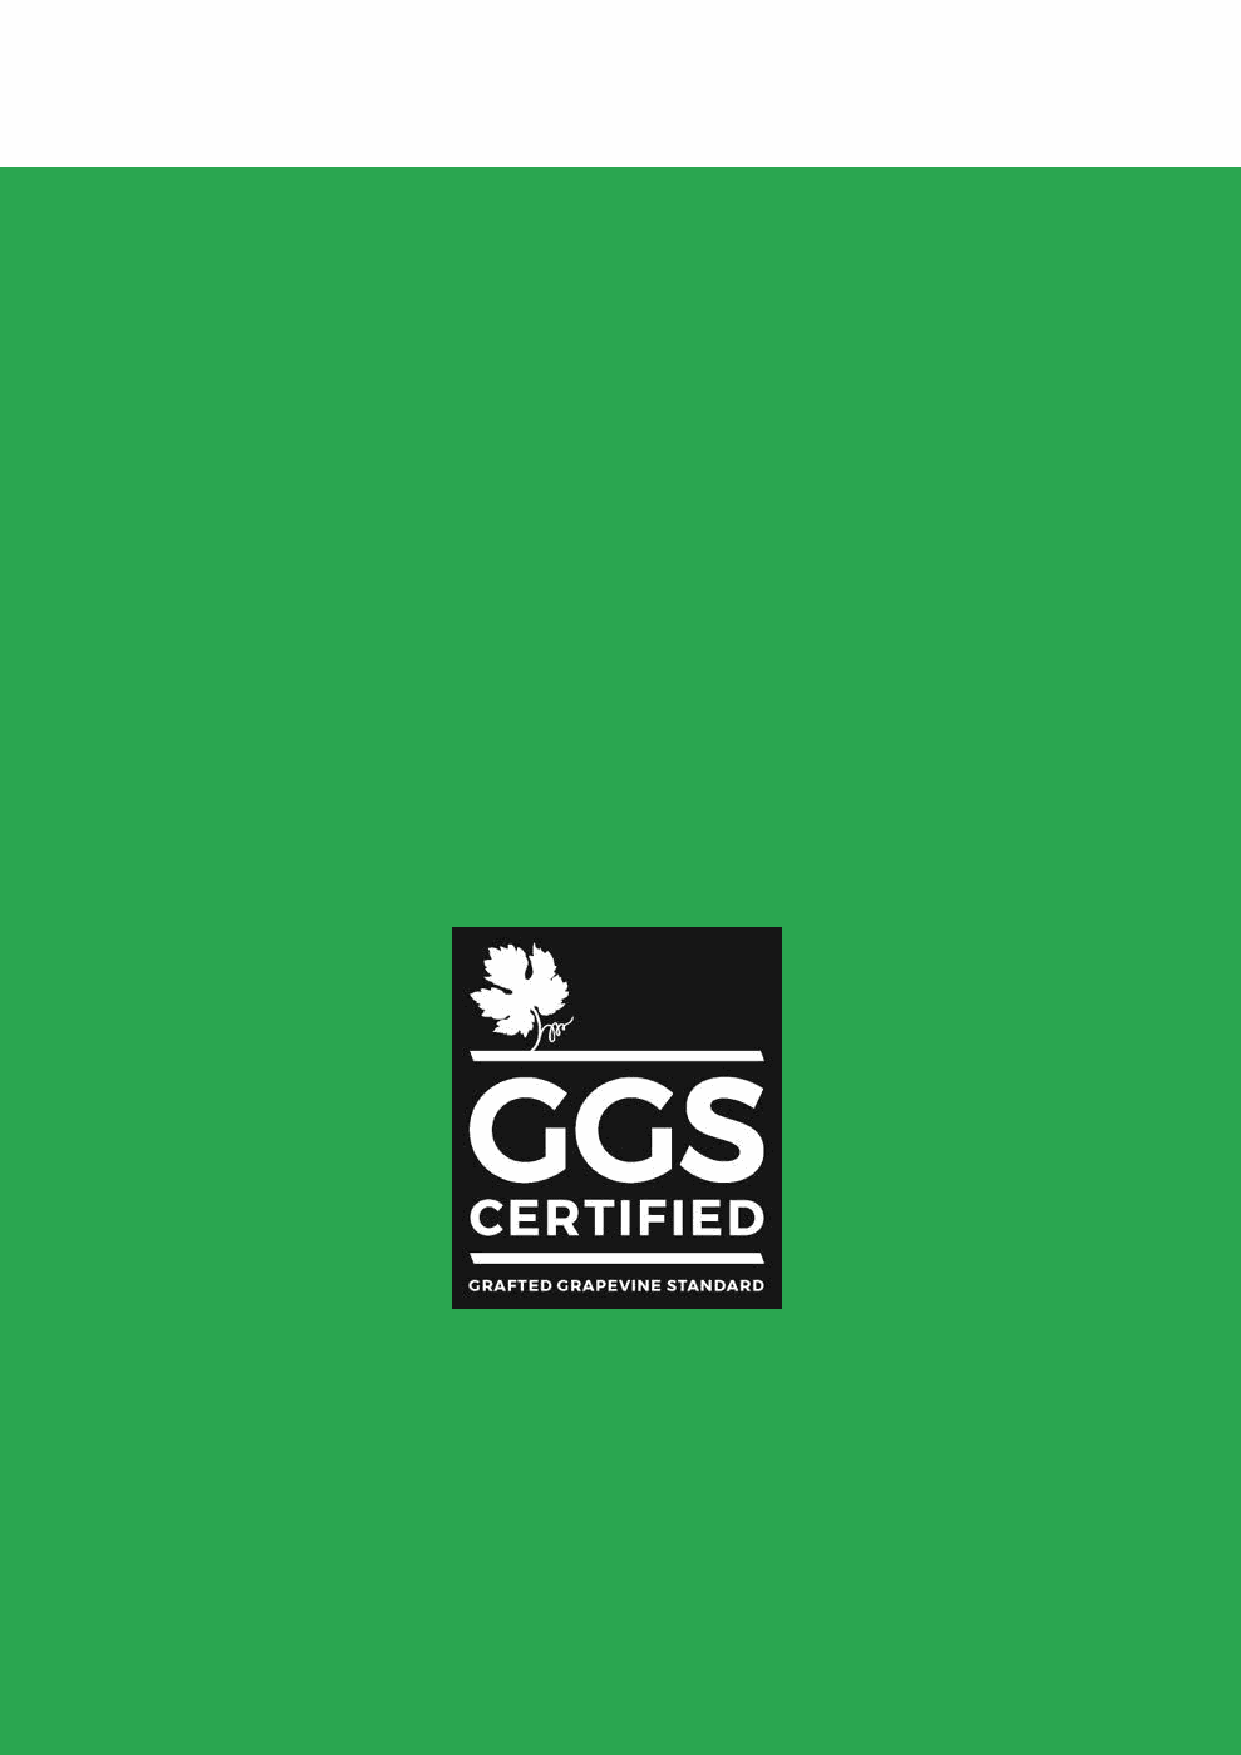
ot to advise that vines are not GGS certified and provide appropriate resolution
 o  Advise New Zealand Winegrowers as soon as possible
 o  New Zealand Winegrowers MAY request another audit of the Nursery at the Nursery’s cost
 41